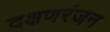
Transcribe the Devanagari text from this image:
दक्षणरंजन